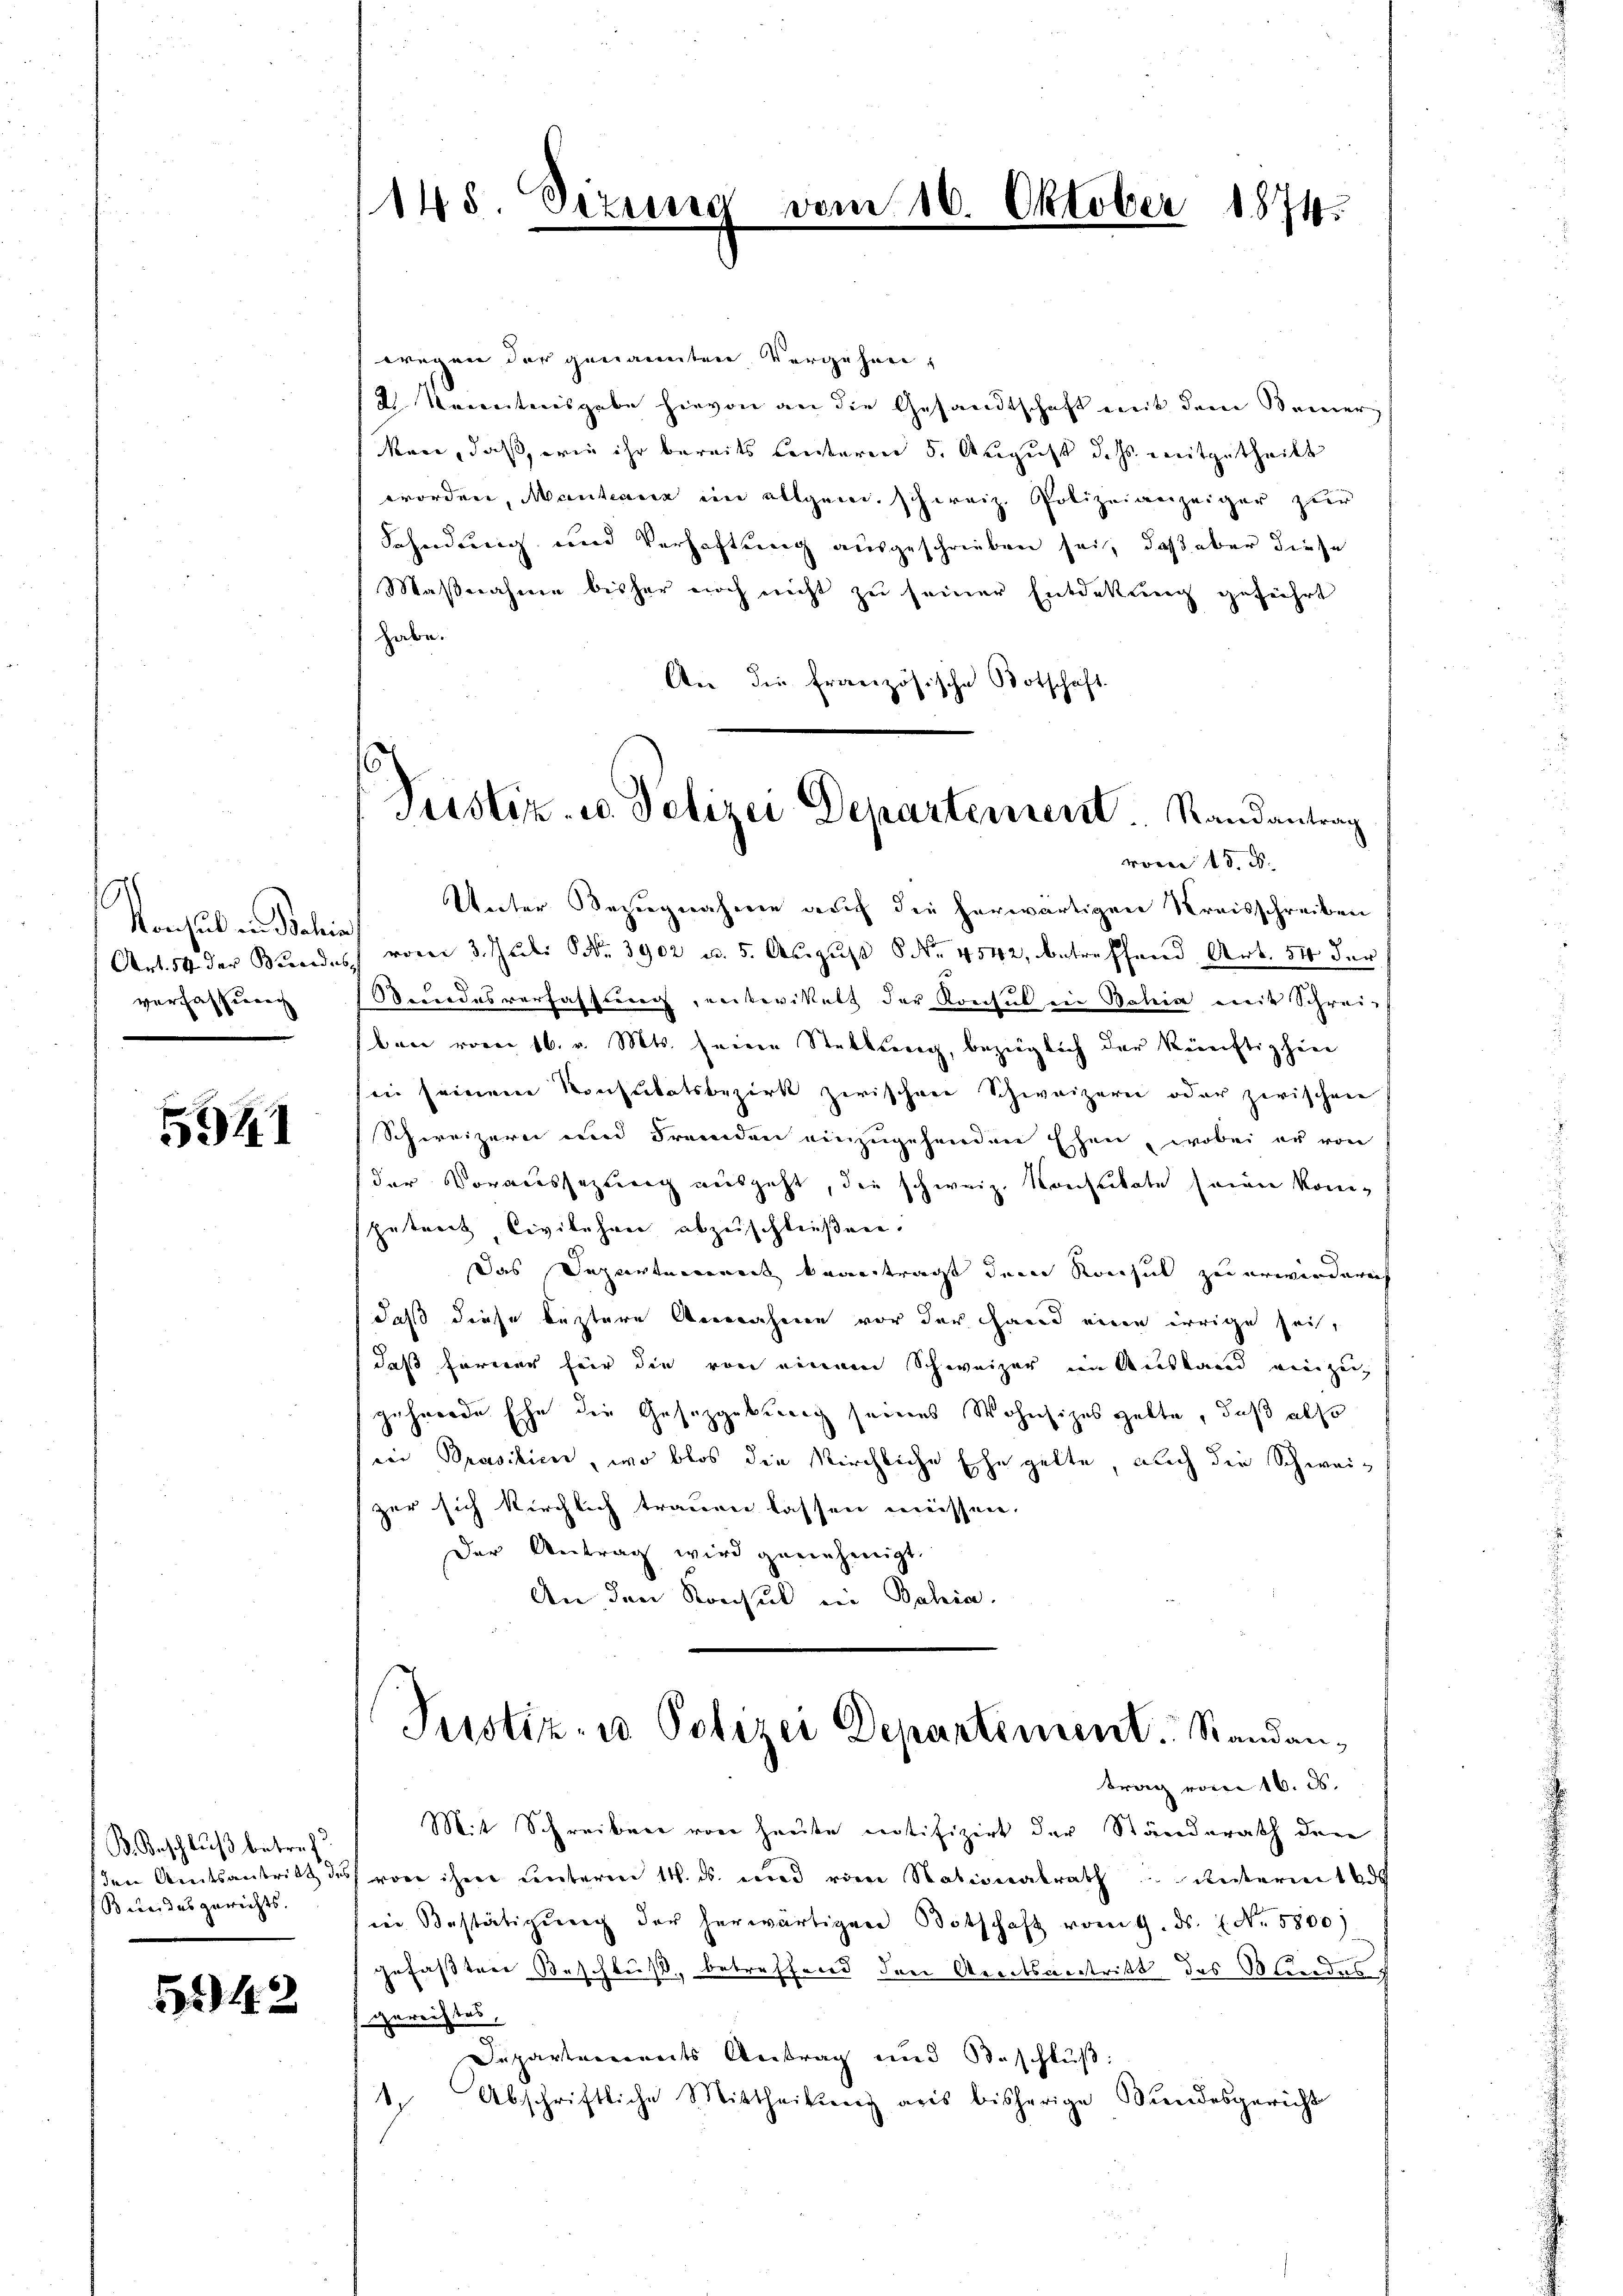
Konsul in Behin
verfassung

5941

B. Beschluß betref
Beleides gerichts.

5242

145. Sizun

wegen der genannten Vergehen¬
2. Verentensgebe hievon an die Gesandtschaft mit dem Bemerkan, daß, wie ihr bereits Centeren 5. August dass mitgetheilt
worden, Mantanz im allgem. schweiz. Polizeianzeiger zur
Sahndung und Verhaftung ausgeschrieben sei, daß aber diese
Maßnahme bisher noch nicht zu seiner Entdekung geführt
habe.
An die französische Botschaft.
vom 15. d.
Unter Bezugnahme auch die herwärtigen Kreisschreiben
Art. 54 der Bundes vom 3. Juli Nr. 3902 u. 5. August No. 4542, betreffend Art. 54 der
Stundesverfassung, entwickelt der Konsul in Bahia mit Schreiben vom 16. v. Mts. seine Stellung, bezüglich der künftighin
in seinem Konsulatsbezirk zwischen Schweizern oder zwischen
Schweizern und Fremden einzugehenden Ehen, wobei er von
der Voraussezung ausgeht, die schweiz. Konsulate seien kom-
petrach Civilehen abzuschließen.
Das Departement beantragt dem Konsul zu erwiedern
daß diese leztere Annahmen vor der Hand eine irrige sei,
daß former für die von einem Schweizer im Ausland vierzug
gehörde Ehe die Gesetzgebung seines Wohnsizes gelte, daß also
dor Prasilien, wo blos die Kirchliche Ehe gelte, auch die Schweiz
zer sich kirchlich trauen lassen müssen.
Der Antrag wird genehmigt.
An den Konsul in Bahia

vom 10.

Oktober 1874.

Pustiz- u. Polizei Departement Randantrag

Justiz- u Polizei Departement. Standantrag vom 16. d.

Mit Schreiben von heute notifizirt der Ständerath der
den Amtsantritt des von ihm unteren 14. ds. und von Nationalrath unterm 1
in Bestätigung der herwärtigen Botschaft vom 9. ds. f. No. 5800)
gefaßten Beschluß, betreffend den Gradesantritt des Kindes
gereichtes.
Departements Antrag und Beschluß:
t. Abschriftliche Mittheilŭng aus bisherige Bundesgericht